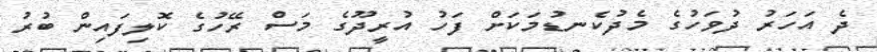
ދެ އަހަރު ދުވަހުގެ މެދުކެނޑުމަކަށް ފަހު އުރީދޫގެ މަސް ރޭހުގެ ކޮލިފައިން ބުރު